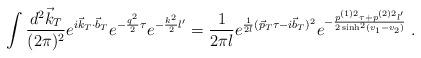
LaTeX: \begin{align*}\int \frac {d^2 \vec k_{T}}{(2 \pi)^2} e^{i \vec k_{T} \cdot \vec b_T} e^{- \frac {q^2}2 \tau} e^{- \frac {k^2}2 l^\prime}=\frac 1{2\pi l} e^{\frac 1{2l} (\vec p_T \tau - i \vec b_T)^2}e^{- \frac {p^{(1)2} \tau + p^{(2)2} l^\prime}{2 \sinh^2 (v_1 - v_2)}}\;.\end{align*}